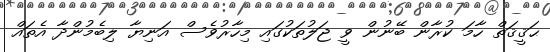
ޙަޤީޤަތް ހާމަ ކުރާން ބޭނުން ވީ ޖަލުތަކުގައި މިހާރުވެސް އަނިޔާ ލިބެމުންދާ އެތައް